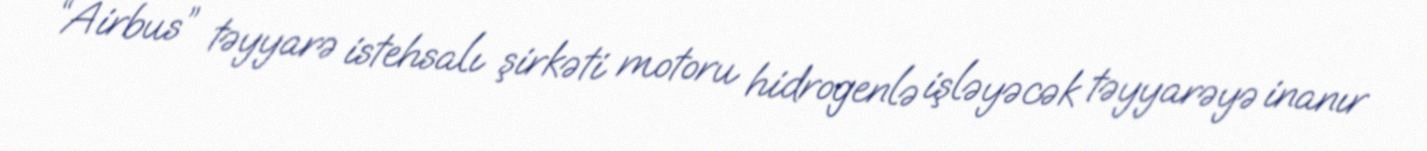
“Airbus” təyyarə istehsalı şirkəti motoru hidrogenlə işləyəcək təyyarəyə inanır